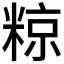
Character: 𮇪